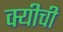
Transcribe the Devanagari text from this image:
क्यीची